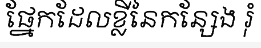
ផ្នែកដែលខ្លីនៃកន្សែង រុំ